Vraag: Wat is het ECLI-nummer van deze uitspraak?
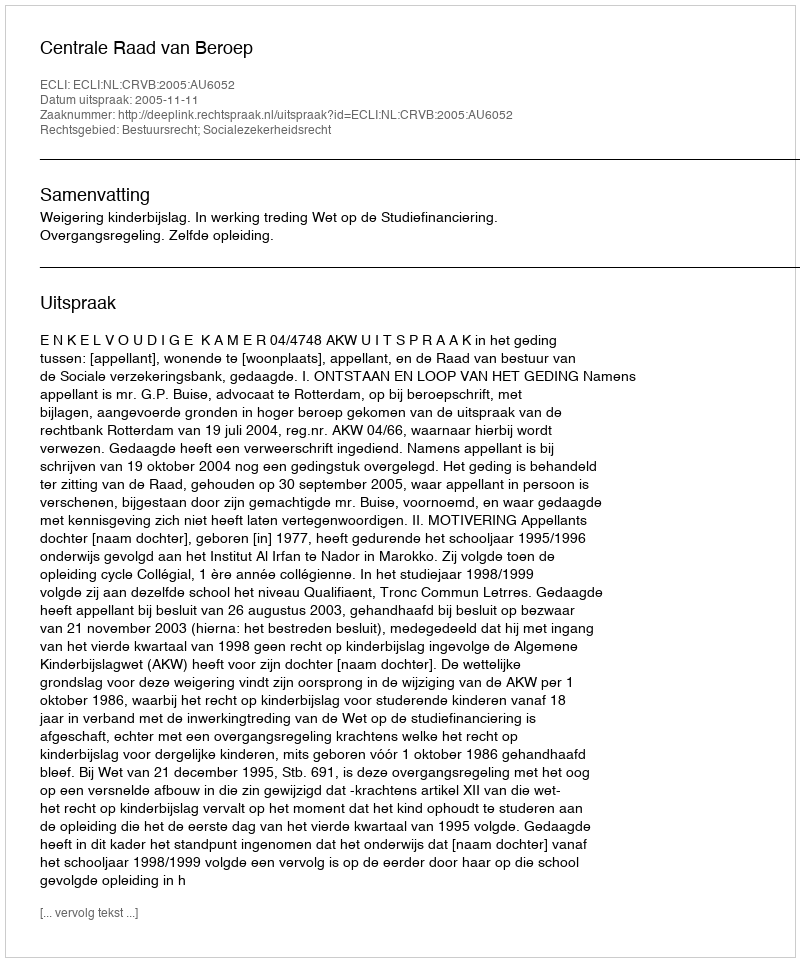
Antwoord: ECLI:NL:CRVB:2005:AU6052